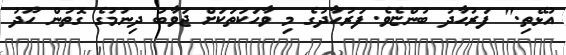
އުޅޭތި." ފަރުހާދު ބުންޏެވެ. ފަރުހާދުގެ މި ވާހަކަތަކަށް ޖަވާބު ދިނުމުގެ ގޮތުން ހޫދު